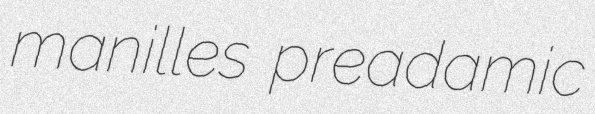
manilles preadamic